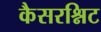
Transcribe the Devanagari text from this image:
कैसरश्निट